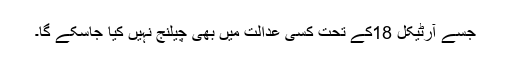
جسے آرٹیکل 18کے تحت کسی عدالت میں بھی چیلنج نہیں کیا جاسکے گا۔